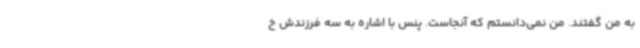
به من گفتند. من نمی‌دانستم که آنجاست. پنس با اشاره به سه فرزندش خ